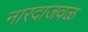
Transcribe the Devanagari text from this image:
नारदाजवळ